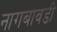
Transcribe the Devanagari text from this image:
नागबावडी